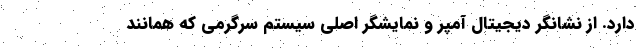
دارد. از نشانگر دیجیتال آمپر و نمایشگر اصلی سیستم سرگرمی که همانند